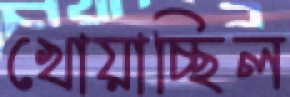
খোয়াচ্ছিল